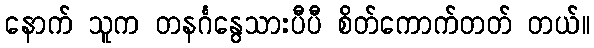
နောက် သူက တနင်္ဂနွေသားပီပီ စိတ်ကောက်တတ် တယ်။